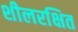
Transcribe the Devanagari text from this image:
शीलरक्षित